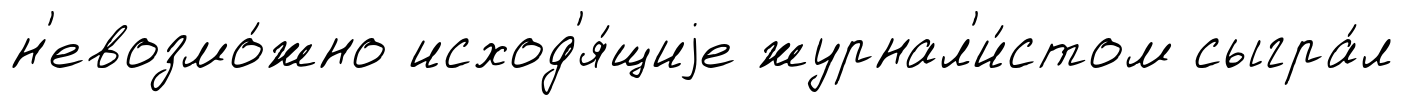
н'евозмо́жно исход'я́щиjе журнал'и́стом сыгра́л